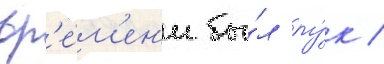
вр'е́м'ен'и бы́л лу́к /